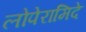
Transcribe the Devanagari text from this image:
लोपेरामिदे